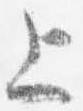
上